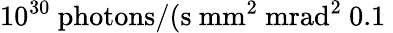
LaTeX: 10^{30}\ \mathrm{photons}/(\mathrm{s}\ \mathrm{mm}^{2}\ \mathrm{mrad}^{2}\ 0.1\